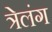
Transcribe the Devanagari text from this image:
त्रेलंग